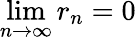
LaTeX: \operatorname*{lim}_{n\to\infty}r_{n}=0